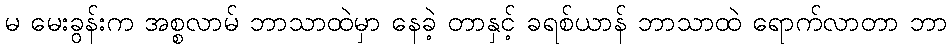
မ မေးခွန်းက အစ္စလာမ် ဘာသာထဲမှာ နေခဲ့ တာနှင့် ခရစ်ယာန် ဘာသာထဲ ရောက်လာတာ ဘာ